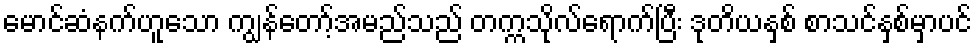
မောင်ဆံနက်ဟူသော ကျွန်တော့်အမည်သည် တက္ကသိုလ်ရောက်ပြီး ဒုတိယနှစ် စာသင်နှစ်မှာပင်